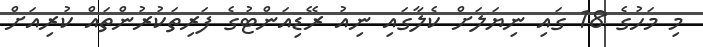
މި މަހުގެ 18 ގައި ނިޔަލަށް ކެލާގައި ނިއު ރޭޑިއަންޓުގެ ފަރިތަކުރުންތައް ކުރިއަށް